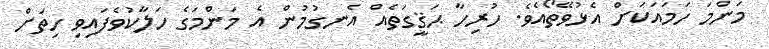
މަންމަ ހަމައަކަށް އެޅުވޭތޯއެވެ. ހުރިހާ ޙަޤީގަތެއް އެނގުމުން އެ މަންމަގެ ހަލާކުވެފައިވި ހިތަށް